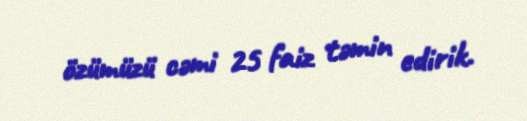
özümüzü cəmi 25 faiz təmin edirik.